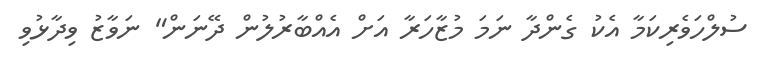
ސުލްހަވެރިކަމާ އެކު ގެންދާ ނަމަ މުޒާހަރާ އަށް އެއްބާރުލުން ދޭނަން" ނަވާޒު ވިދާޅުވި